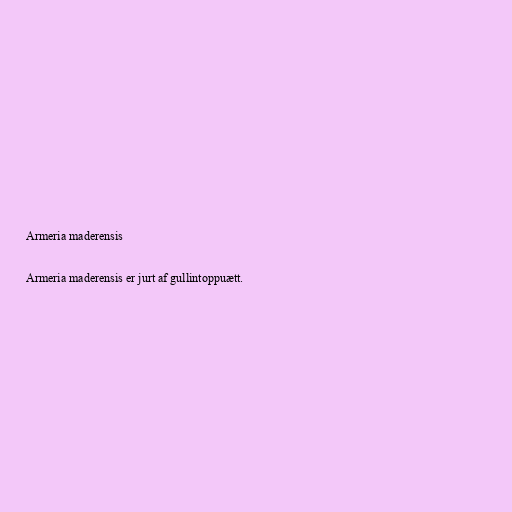
Armeria maderensis

Armeria maderensis er jurt af gullintoppuætt.